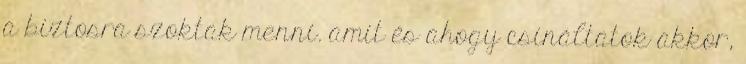
a biztosra szoktak menni. amit és ahogy csináltatok akkor,